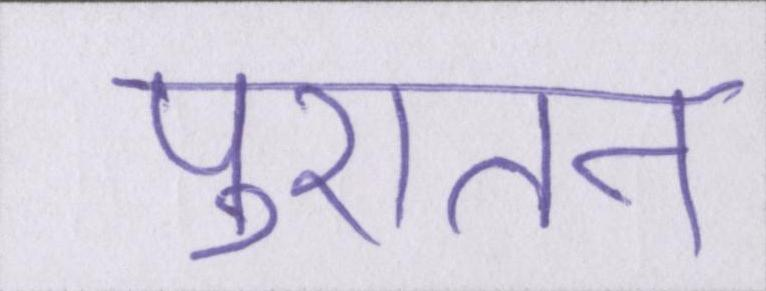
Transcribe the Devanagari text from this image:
पुरातन